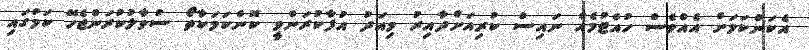
އެކަންކަމަށް އެއްވެސް ހުއްޓުމެއް ނައިސް ކުރިއަށްދާއިރު މިއަދު އުފާކުރަންވީ ކޮންކަމަކާތޯ ސުވާލުކުރަންޖެހޭ ކަމުގައި